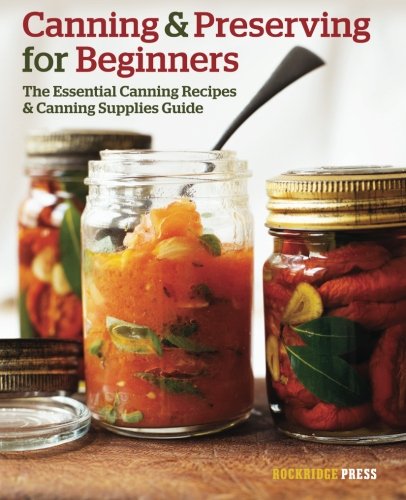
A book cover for Canning and Preserving for Beginners: The Essential Canning Recipes and Canning Supplies Guide; Rockridge Press; Cookbooks, Food & Wine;